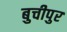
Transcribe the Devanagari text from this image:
बुचीपुर